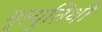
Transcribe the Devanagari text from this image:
मृत्युतिथी